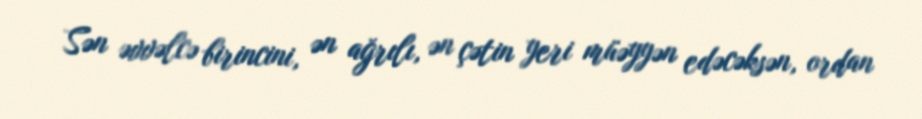
Sən əvvəlcə birincini, ən ağrılı, ən çətin yeri müəyyən edəcəksən, ordan